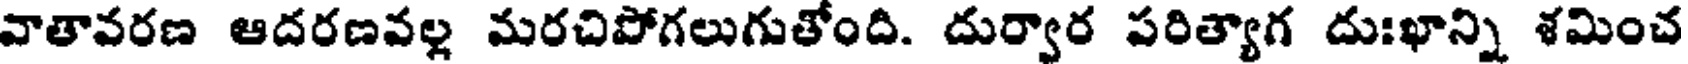
వాతావరణ ఆదరణవల్ల మరచిపోగలుగుతోంది. దుర్వార పరిత్యాగ దుఃఖాన్ని శమించ